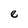
Character: e